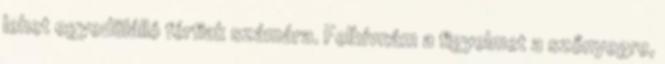
lehet egyedülálló férfiak számára. Felhívnám a figyelmet a szőnyegre,